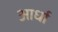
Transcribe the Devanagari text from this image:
आर्धा